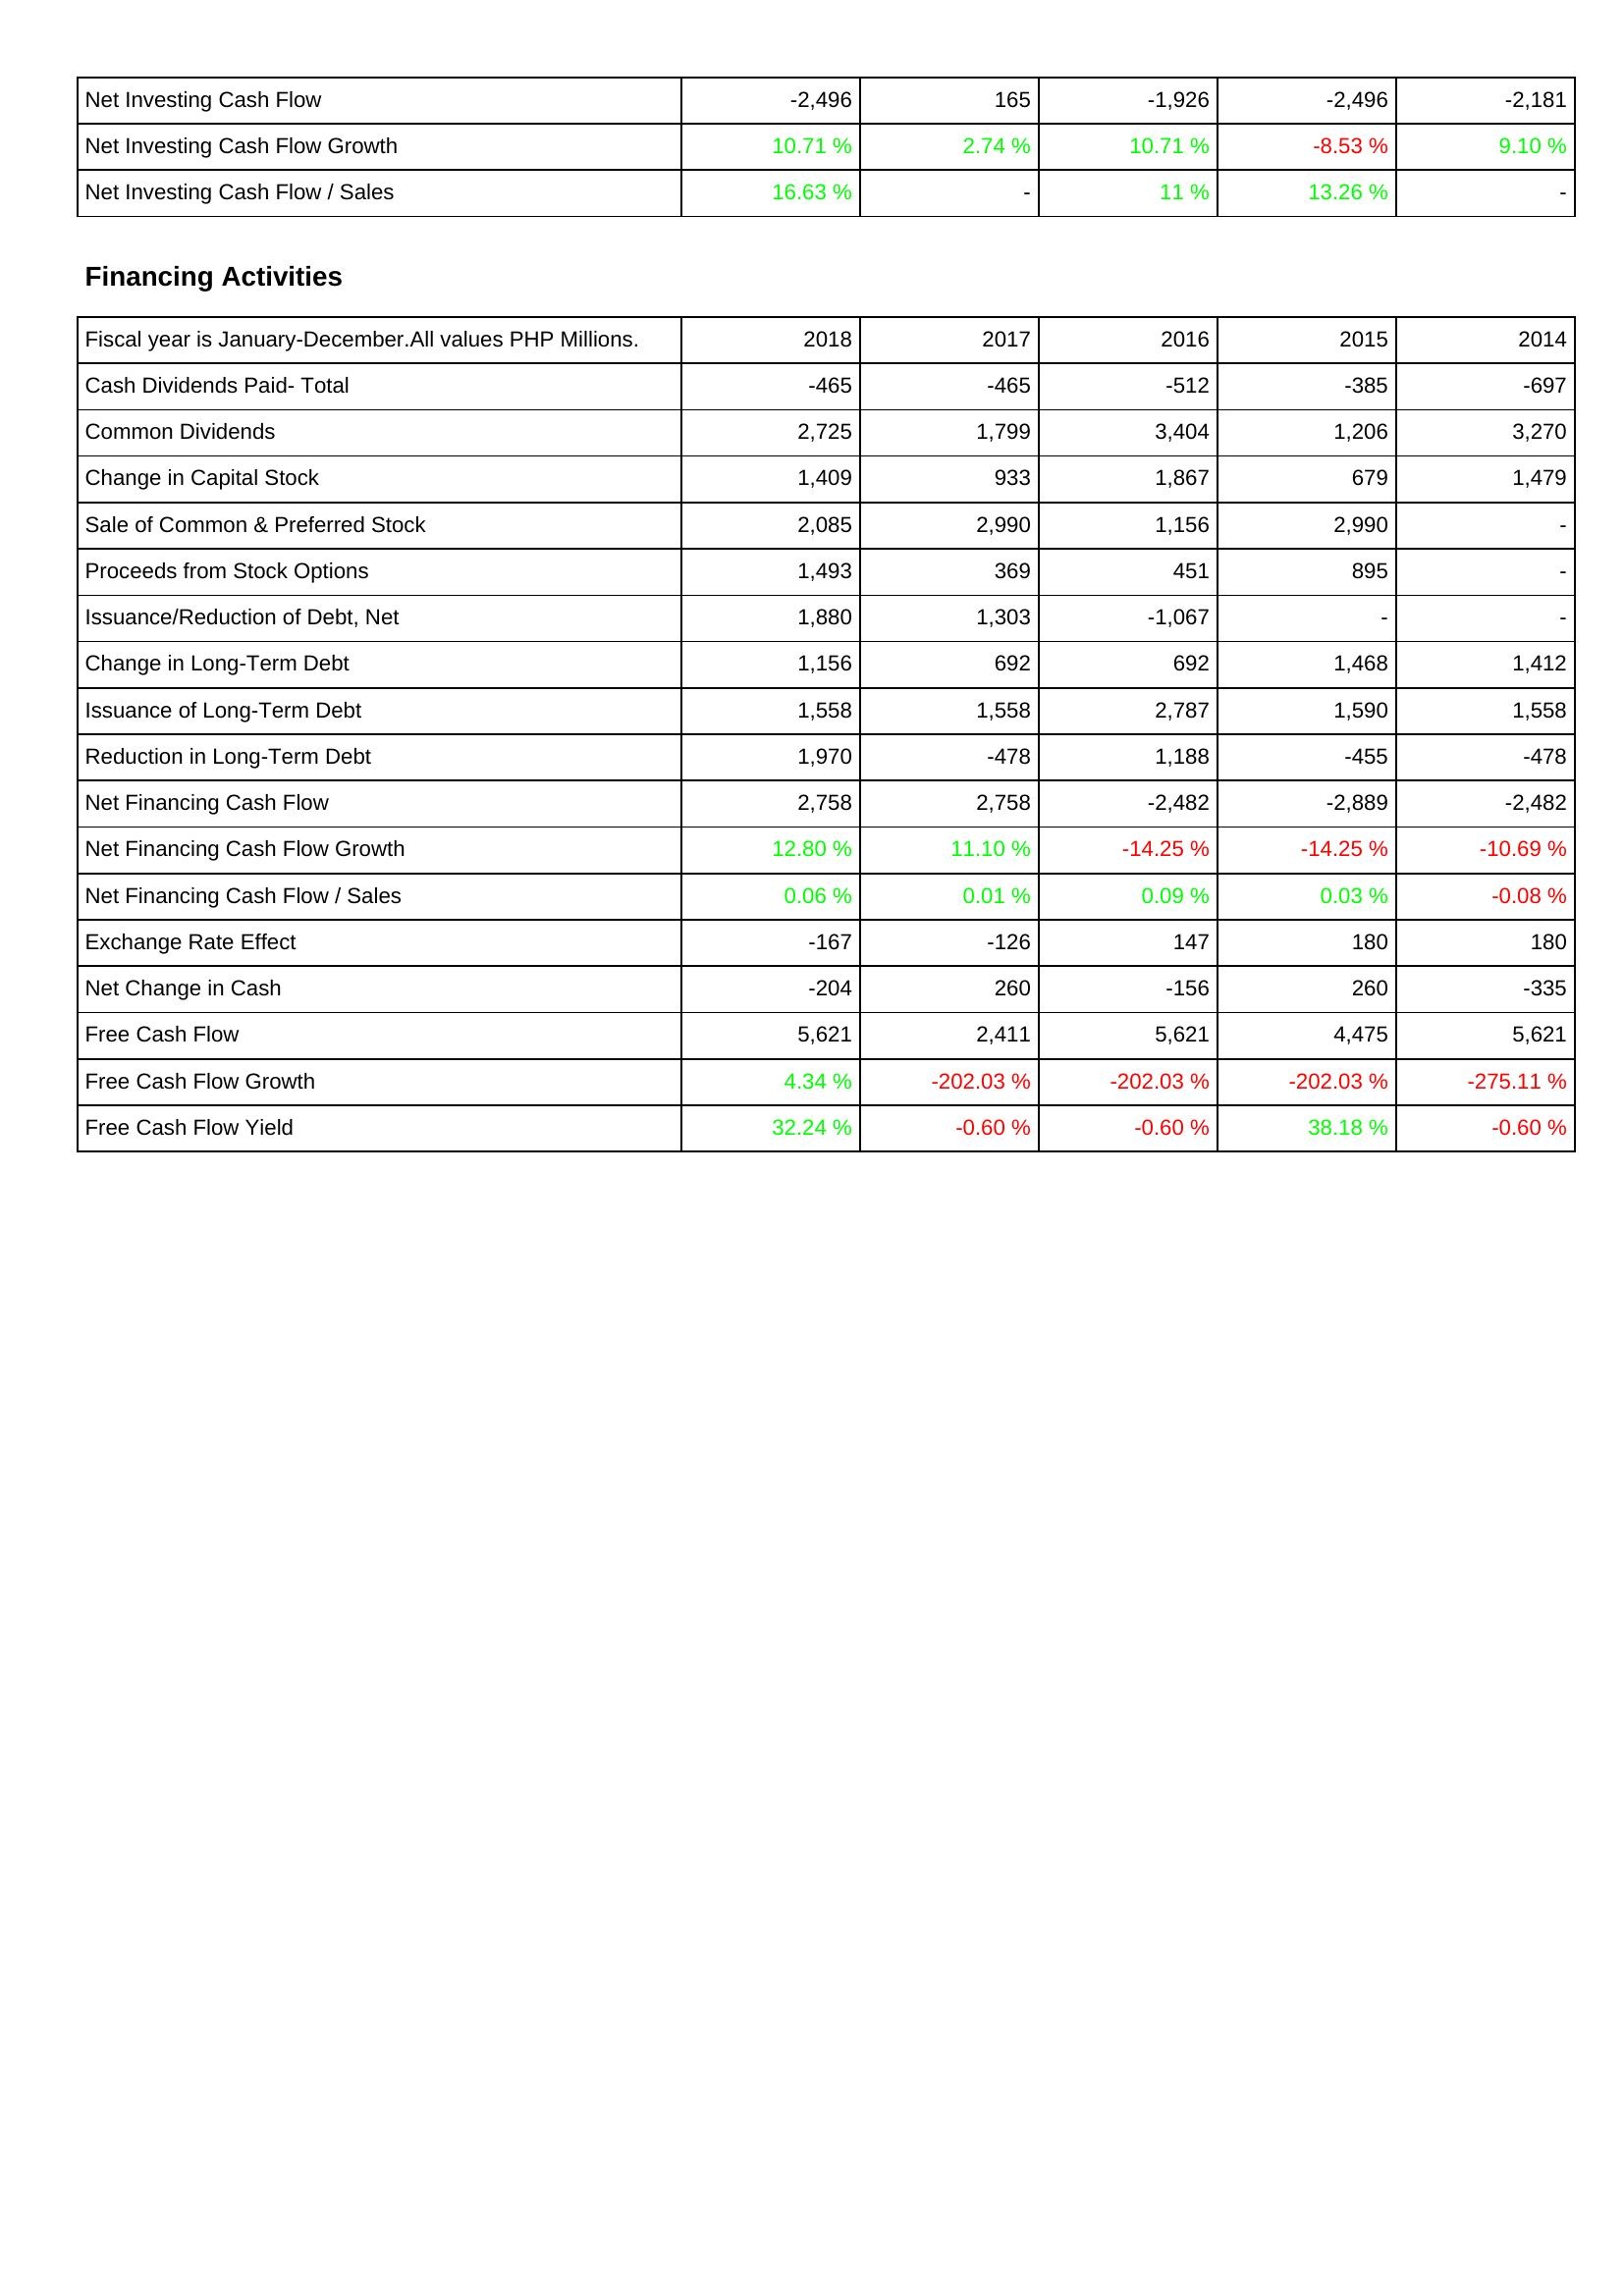
2018: Investing Activities: Net Investing Cash Flow: -2,496
Net Investing Cash Flow Growth: 10.71 %
Net Investing Cash Flow / Sales: 16.63 %
Financing Activities: Cash Dividends Paid- Total: -465
Common Dividends: 2,725
Change in Capital Stock: 1,409
Sale of Common & Preferred Stock: 2,085
Proceeds from Stock Options: 1,493
Issuance/Reduction of Debt, Net: 1,880
Change in Long-Term Debt: 1,156
Issuance of Long-Term Debt: 1,558
Reduction in Long-Term Debt: 1,970
Net Financing Cash Flow: 2,758
Net Financing Cash Flow Growth: 12.80 %
Net Financing Cash Flow / Sales: 0.06 %
Exchange Rate Effect: -167
Net Change in Cash: -204
Free Cash Flow: 5,621
Free Cash Flow Growth: 4.34 %
Free Cash Flow Yield: 32.24 %
2017: Investing Activities: Net Investing Cash Flow: 165
Net Investing Cash Flow Growth: 2.74 %
Net Investing Cash Flow / Sales: -
Financing Activities: Cash Dividends Paid- Total: -465
Common Dividends: 1,799
Change in Capital Stock: 933
Sale of Common & Preferred Stock: 2,990
Proceeds from Stock Options: 369
Issuance/Reduction of Debt, Net: 1,303
Change in Long-Term Debt: 692
Issuance of Long-Term Debt: 1,558
Reduction in Long-Term Debt: -478
Net Financing Cash Flow: 2,758
Net Financing Cash Flow Growth: 11.10 %
Net Financing Cash Flow / Sales: 0.01 %
Exchange Rate Effect: -126
Net Change in Cash: 260
Free Cash Flow: 2,411
Free Cash Flow Growth: -202.03 %
Free Cash Flow Yield: -0.60 %
2016: Investing Activities: Net Investing Cash Flow: -1,926
Net Investing Cash Flow Growth: 10.71 %
Net Investing Cash Flow / Sales: 11 %
Financing Activities: Cash Dividends Paid- Total: -512
Common Dividends: 3,404
Change in Capital Stock: 1,867
Sale of Common & Preferred Stock: 1,156
Proceeds from Stock Options: 451
Issuance/Reduction of Debt, Net: -1,067
Change in Long-Term Debt: 692
Issuance of Long-Term Debt: 2,787
Reduction in Long-Term Debt: 1,188
Net Financing Cash Flow: -2,482
Net Financing Cash Flow Growth: -14.25 %
Net Financing Cash Flow / Sales: 0.09 %
Exchange Rate Effect: 147
Net Change in Cash: -156
Free Cash Flow: 5,621
Free Cash Flow Growth: -202.03 %
Free Cash Flow Yield: -0.60 %
2015: Investing Activities: Net Investing Cash Flow: -2,496
Net Investing Cash Flow Growth: -8.53 %
Net Investing Cash Flow / Sales: 13.26 %
Financing Activities: Cash Dividends Paid- Total: -385
Common Dividends: 1,206
Change in Capital Stock: 679
Sale of Common & Preferred Stock: 2,990
Proceeds from Stock Options: 895
Issuance/Reduction of Debt, Net: -
Change in Long-Term Debt: 1,468
Issuance of Long-Term Debt: 1,590
Reduction in Long-Term Debt: -455
Net Financing Cash Flow: -2,889
Net Financing Cash Flow Growth: -14.25 %
Net Financing Cash Flow / Sales: 0.03 %
Exchange Rate Effect: 180
Net Change in Cash: 260
Free Cash Flow: 4,475
Free Cash Flow Growth: -202.03 %
Free Cash Flow Yield: 38.18 %
2014: Investing Activities: Net Investing Cash Flow: -2,181
Net Investing Cash Flow Growth: 9.10 %
Net Investing Cash Flow / Sales: -
Financing Activities: Cash Dividends Paid- Total: -697
Common Dividends: 3,270
Change in Capital Stock: 1,479
Sale of Common & Preferred Stock: -
Proceeds from Stock Options: -
Issuance/Reduction of Debt, Net: -
Change in Long-Term Debt: 1,412
Issuance of Long-Term Debt: 1,558
Reduction in Long-Term Debt: -478
Net Financing Cash Flow: -2,482
Net Financing Cash Flow Growth: -10.69 %
Net Financing Cash Flow / Sales: -0.08 %
Exchange Rate Effect: 180
Net Change in Cash: -335
Free Cash Flow: 5,621
Free Cash Flow Growth: -275.11 %
Free Cash Flow Yield: -0.60 %